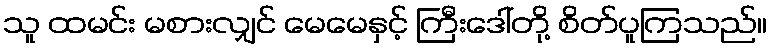
သူ ထမင်း မစားလျှင် မေမေနှင့် ကြီးဒေါ်တို့ စိတ်ပူကြသည်။